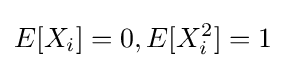
E[X_{i}]=0,E[X_{i}^{2}]=1